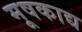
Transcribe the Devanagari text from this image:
मूषकाद्य